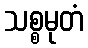
သစ္စမုတံ